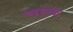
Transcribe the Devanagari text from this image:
चह्क